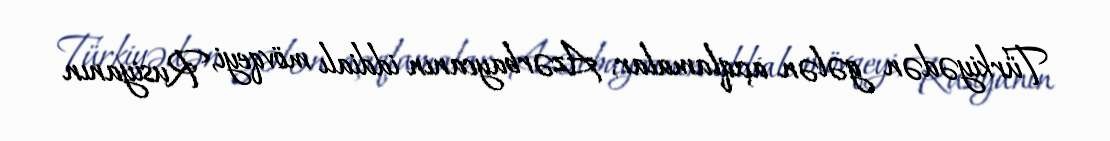
Türkiyədən gələn açıqlamalar, Azərbaycanın iddialı mövqeyi, Rusiyanın